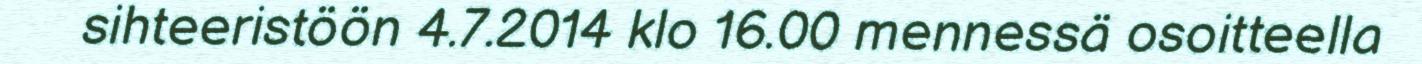
sihteeristöön 4.7.2014 klo 16.00 mennessä osoitteella